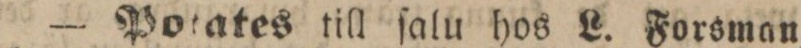
— Potates till ſalu hos L. Forsman,